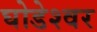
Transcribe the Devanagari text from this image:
घोडेश्वर